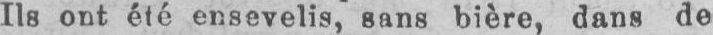
Ils ont été ensevelis, sans bière, dans de